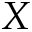
X